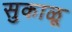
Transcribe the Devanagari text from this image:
सुकाळू